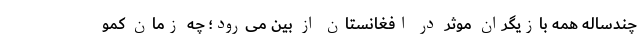
چندساله همه بازیگران موثر در افغانستان از بین می‌رود؛ چه زمان کمو